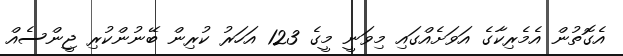
އެގޮތުން އެމެރިކާގެ އަވަށެއްގައި މިވަނީ މީގެ 123 އަހަރު ކުރިން ބޭނުންކުރި ޖީންސެއް